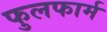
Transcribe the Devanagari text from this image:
फुलफार्म